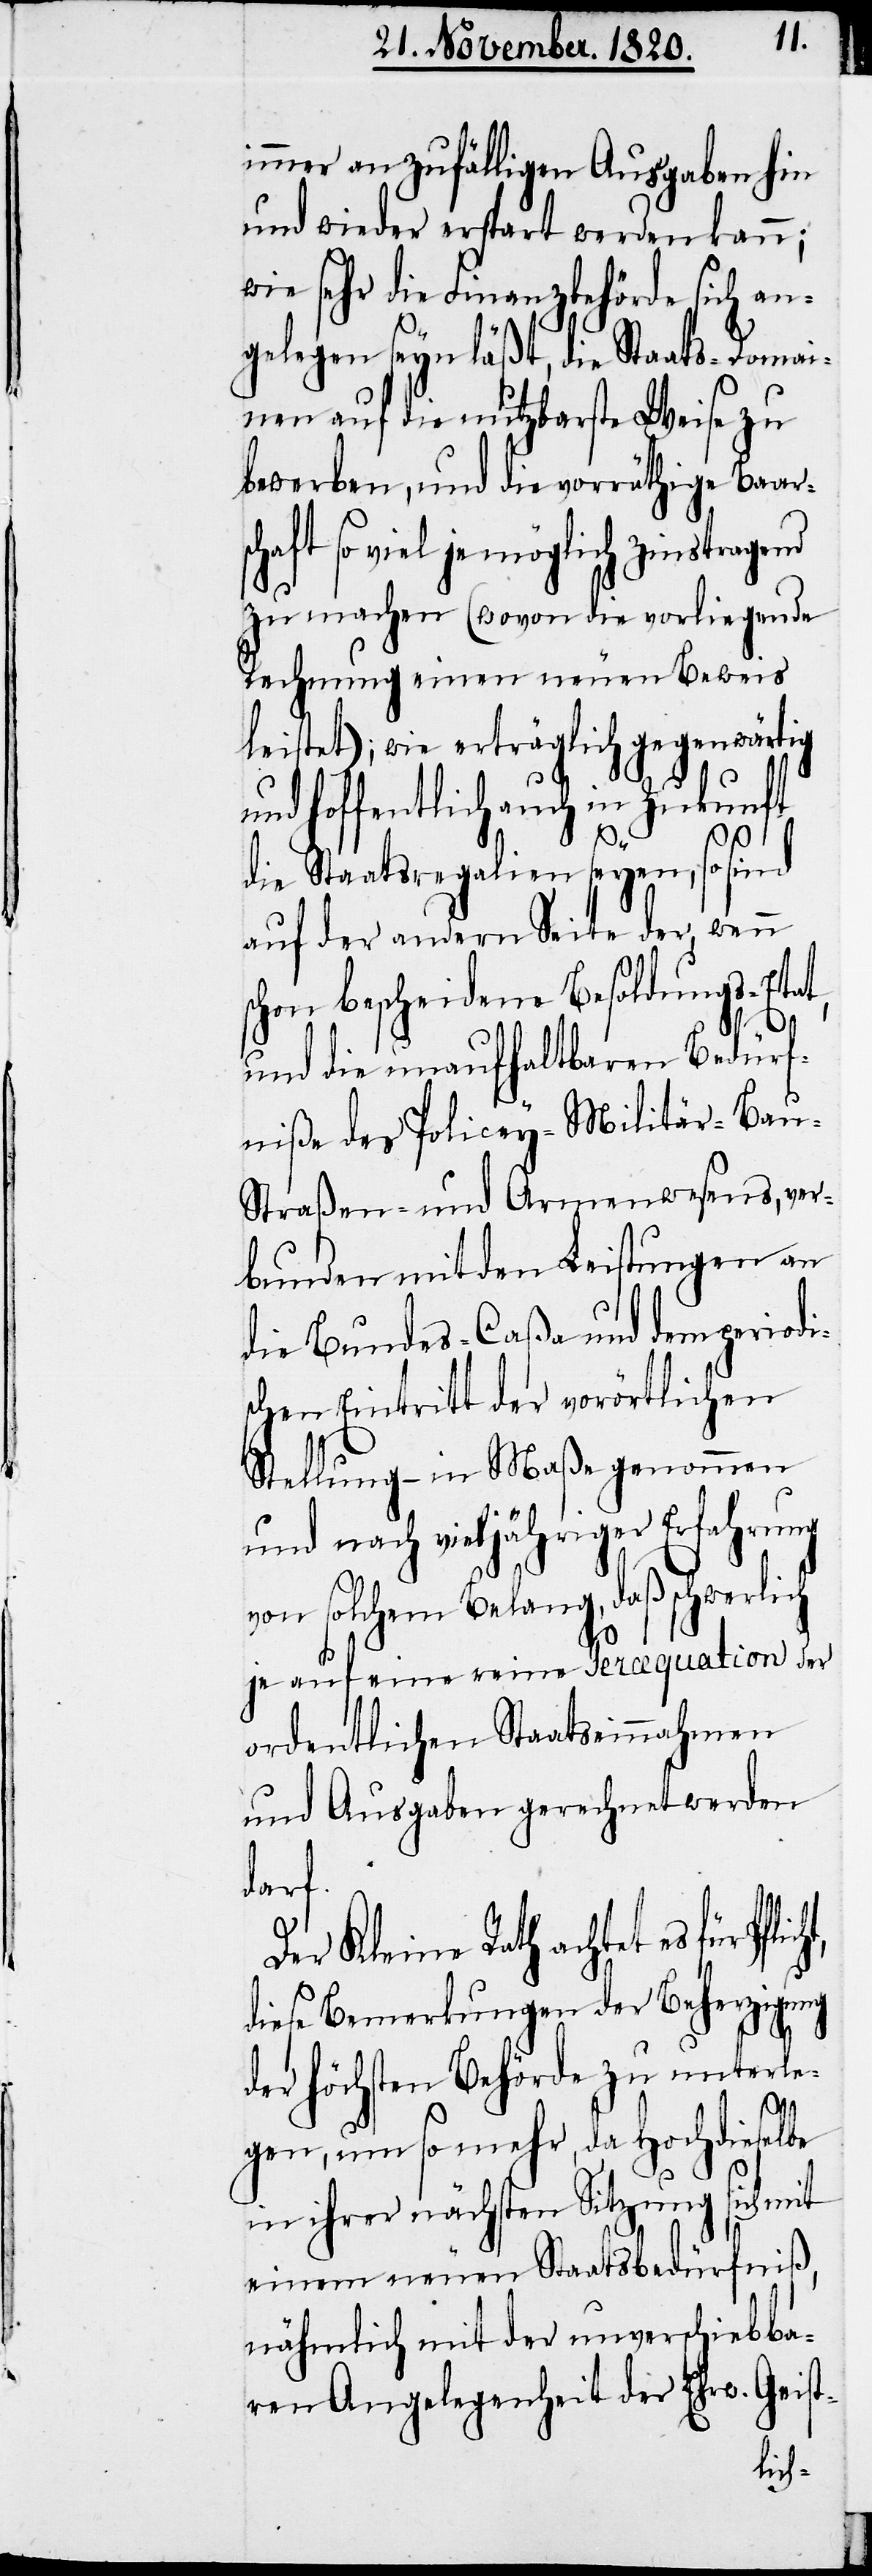
immer an zufälligen Ausgaben hin
und wieder erspart werden kann;
wie sehr die Finanzbehörde sich an¬
gelegen seyn läßt, die Staats-Domai¬
nen auf die nutzbarste Weise zu
bewerben, und die vorräthige Baar¬
so viel je möglich zinstragend
zu machen (wovon die vorliegende
Rechnung einen neuen Beweis
leistet); wie erträglich gegenwärtig
und hoffentlich auch in Zukunft
schaft
die Staatsregalien seyen, so sind
auf der andern Seite der, wenn
schon bescheidene Besoldungs-Etat,
und die unaufhaltbaren Bedürf¬
niße des Policey-Militär- Bau-
Straßen- und Armenwesens, ver¬
bunden mit den Leistungen an
die Bundes-Caßa und dem periodi¬
schen Eintritt der vorörtlichen
Stellung – in Maße genommen
und nach vieljähriger Erfahrung
von solchem Belang, daß schwerl¬
je auf eine reine Percequation der
ordentlichen Staatseinnahmen
und Ausgaben gerechnet werden
darf.
Der Kleine Rath achtet es für
diese Bemerkungen der Beherzigung
der höchsten Behörde zu unterle¬
gen, um so mehr, da Hochdieselbe
in ihrer nächsten Sitzung sich mit
einem neuen Staatsbedürfniß,
nähmlich mit der unverschiebba¬
ren Angelegenheit der Ehrw. Geist-
ich